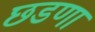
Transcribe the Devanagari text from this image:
छडणा